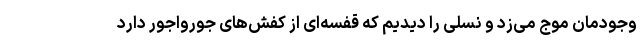
وجودمان موج می‌زد و نسلی را دیدیم که قفسه‌ای از کفش‌های جورواجور دارد